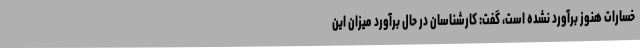
خسارات هنوز برآورد نشده است، گفت: کارشناسان در حال برآورد میزان این